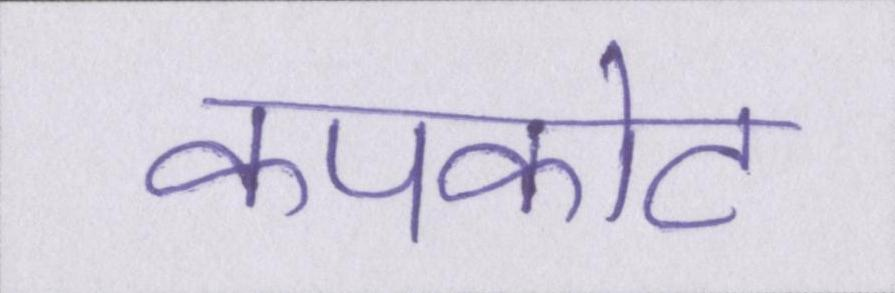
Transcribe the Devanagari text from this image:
कपकोट